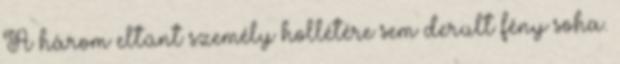
A három eltűnt személy hollétére sem derült fény soha.